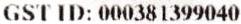
GST ID: 000381399040